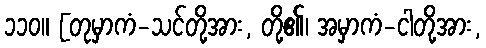
၁၁၀။ [တုမှာကံ-သင်တို့အား, တို့၏၊ အမှာကံ-ငါတို့အား,